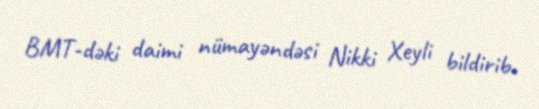
BMT-dəki daimi nümayəndəsi Nikki Xeyli bildirib.